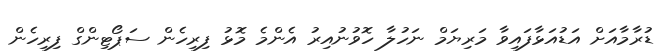
ޑުރާމާއަށް އަޑުއަޅާފައިވާ މަރިޔަމް ނަހުލާ ހޮވުނުއިރު އެންމެ މޮޅު ފިރިހެން ސަޕޯޓިންގް ފިރިހެން